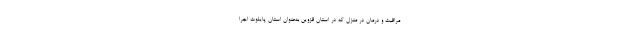
مراقبت و درمان در منزل که در استان قزوین به‌عنوان استان پایلوت اجرا